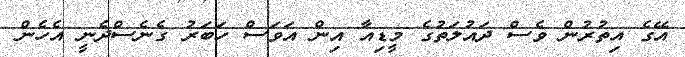
އޭގެ އިތުރުން ވެސް ދައުލަތުގެ މީޑިއާ އިން އަވަސް ހަބަރު ގެނެސްދެނީ އެހެން